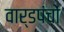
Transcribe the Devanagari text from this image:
वार्डपंचों